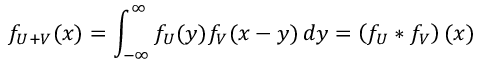
f _ { U + V } ( x ) = \int _ { - \infty } ^ { \infty } f _ { U } ( y ) f _ { V } ( x - y ) \, d y = \left( f _ { U } * f _ { V } \right) ( x )